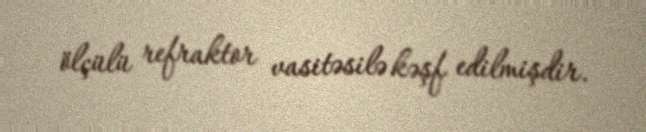
ölçülü refraktor vasitəsilə kəşf edilmişdir.